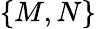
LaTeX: \{ M,N\}